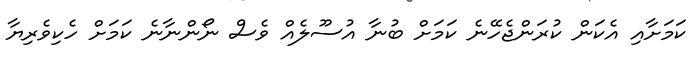
ކަމަށާއި އެކަން ކުރަންޖެހޭނެ ކަމަށް ބުނާ އުސޫލެއް ވެސް ނޯންނާނެ ކަމަށް ހެކިވެރިޔާ